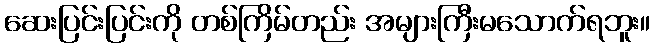
ဆေးပြင်းပြင်းကို တစ်ကြိမ်တည်း အများကြီးမသောက်ရဘူး။